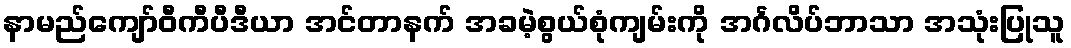
နာမည်ကျော်ဝီကီပီဒီယာ အင်တာနက် အခမဲ့စွယ်စုံကျမ်းကို အင်္ဂလိပ်ဘာသာ အသုံးပြုသူ